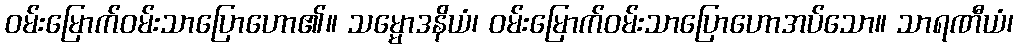
ဝမ်းမြောက်ဝမ်းသာပြောဟော၏။ သမ္မောဒနိယံ၊ ဝမ်းမြောက်ဝမ်းသာပြောဟောအပ်သော။ သာရဏီယံ၊